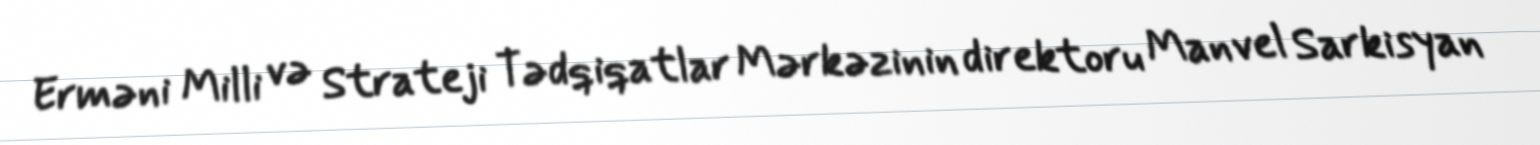
Erməni Milli və Strateji Tədqiqatlar Mərkəzinin direktoru Manvel Sarkisyan